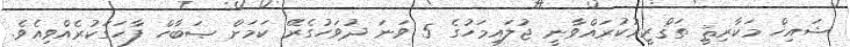
ޝައިޚް މަކާރިޘީ ތަޤްރީރުކުރައްވާނީ ޖުލައިމަހުގެ 5 ވަނަ ދުވަހުގެރޭ ކަމަށް ޞަބާހް ފާހަގަކުރެއްވިއެވެ.